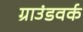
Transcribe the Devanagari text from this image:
ग्राउंडवर्क